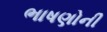
ભાષણોની